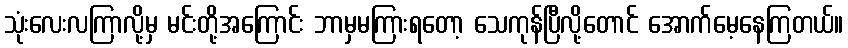
သုံးလေးလကြာလို့မှ မင်းတို့အကြောင်း ဘာမှမကြားရတော့ သေကုန်ပြီလို့တောင် အောက်မေ့နေကြတယ်။